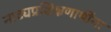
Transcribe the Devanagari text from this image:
नाट्यप्रशिक्षणार्थींना